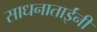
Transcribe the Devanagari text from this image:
साधनाताईंनी